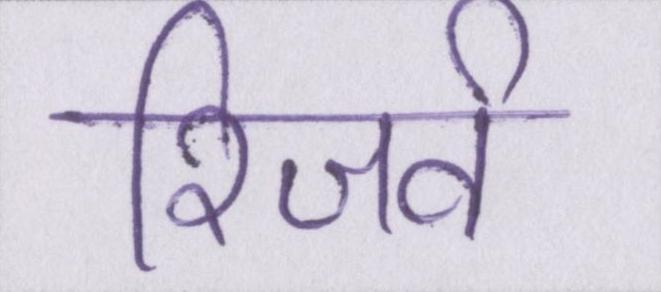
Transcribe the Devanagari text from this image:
रिजर्व